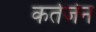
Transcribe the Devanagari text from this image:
कर्तजेन